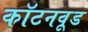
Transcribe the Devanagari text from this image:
कॉटनवूड